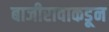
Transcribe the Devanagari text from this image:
बाजीरावाकडून